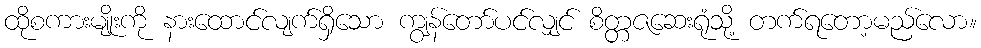
ထိုစကားမျိုးကို နားထောင်လျက်ရှိသော ကျွန်တော်ပင်လျှင် စိတ္တဇဆေးရုံသို့ တက်ရတော့မည်လော။